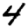
Digit: 4